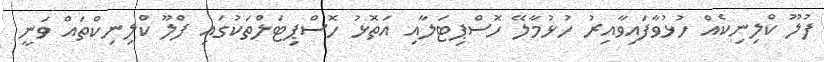
ފުލޫ ކްލިނިކެއް ހުޅުވާފައިވާއިރު ހުޅުމާލޭ ހޮސްޕިޓަލާއި އަތޮޅު ހޮސްޕިޓަލްތަކުގައި ފްލޫ ކްލިނިކްތައް ވަނީ